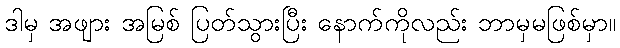
ဒါမှ အဖျား အမြစ် ပြတ်သွားပြီး နောက်ကိုလည်း ဘာမှမဖြစ်မှာ။